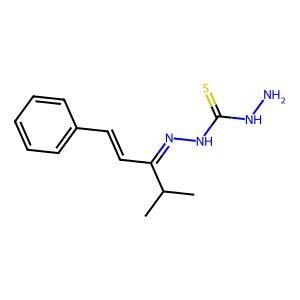
SMILES: CC(C)C(C=Cc1ccccc1)=NNC(=S)NN
Inhibits HIV replication: No